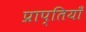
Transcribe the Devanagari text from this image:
प्राप्तियाँ